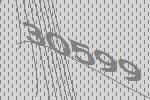
30599